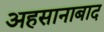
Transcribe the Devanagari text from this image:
अहसानाबाद